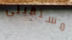
مستقبلى